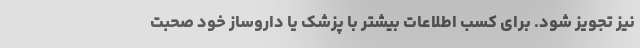
نیز تجویز شود. برای کسب اطلاعات بیشتر با پزشک یا داروساز خود صحبت